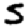
Digit: 5